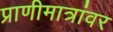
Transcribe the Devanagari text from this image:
प्राणीमात्रांवर